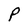
Character: P